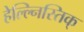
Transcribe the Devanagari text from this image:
हेल्ल्निस्तिक्